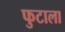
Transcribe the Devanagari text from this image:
फुटाला